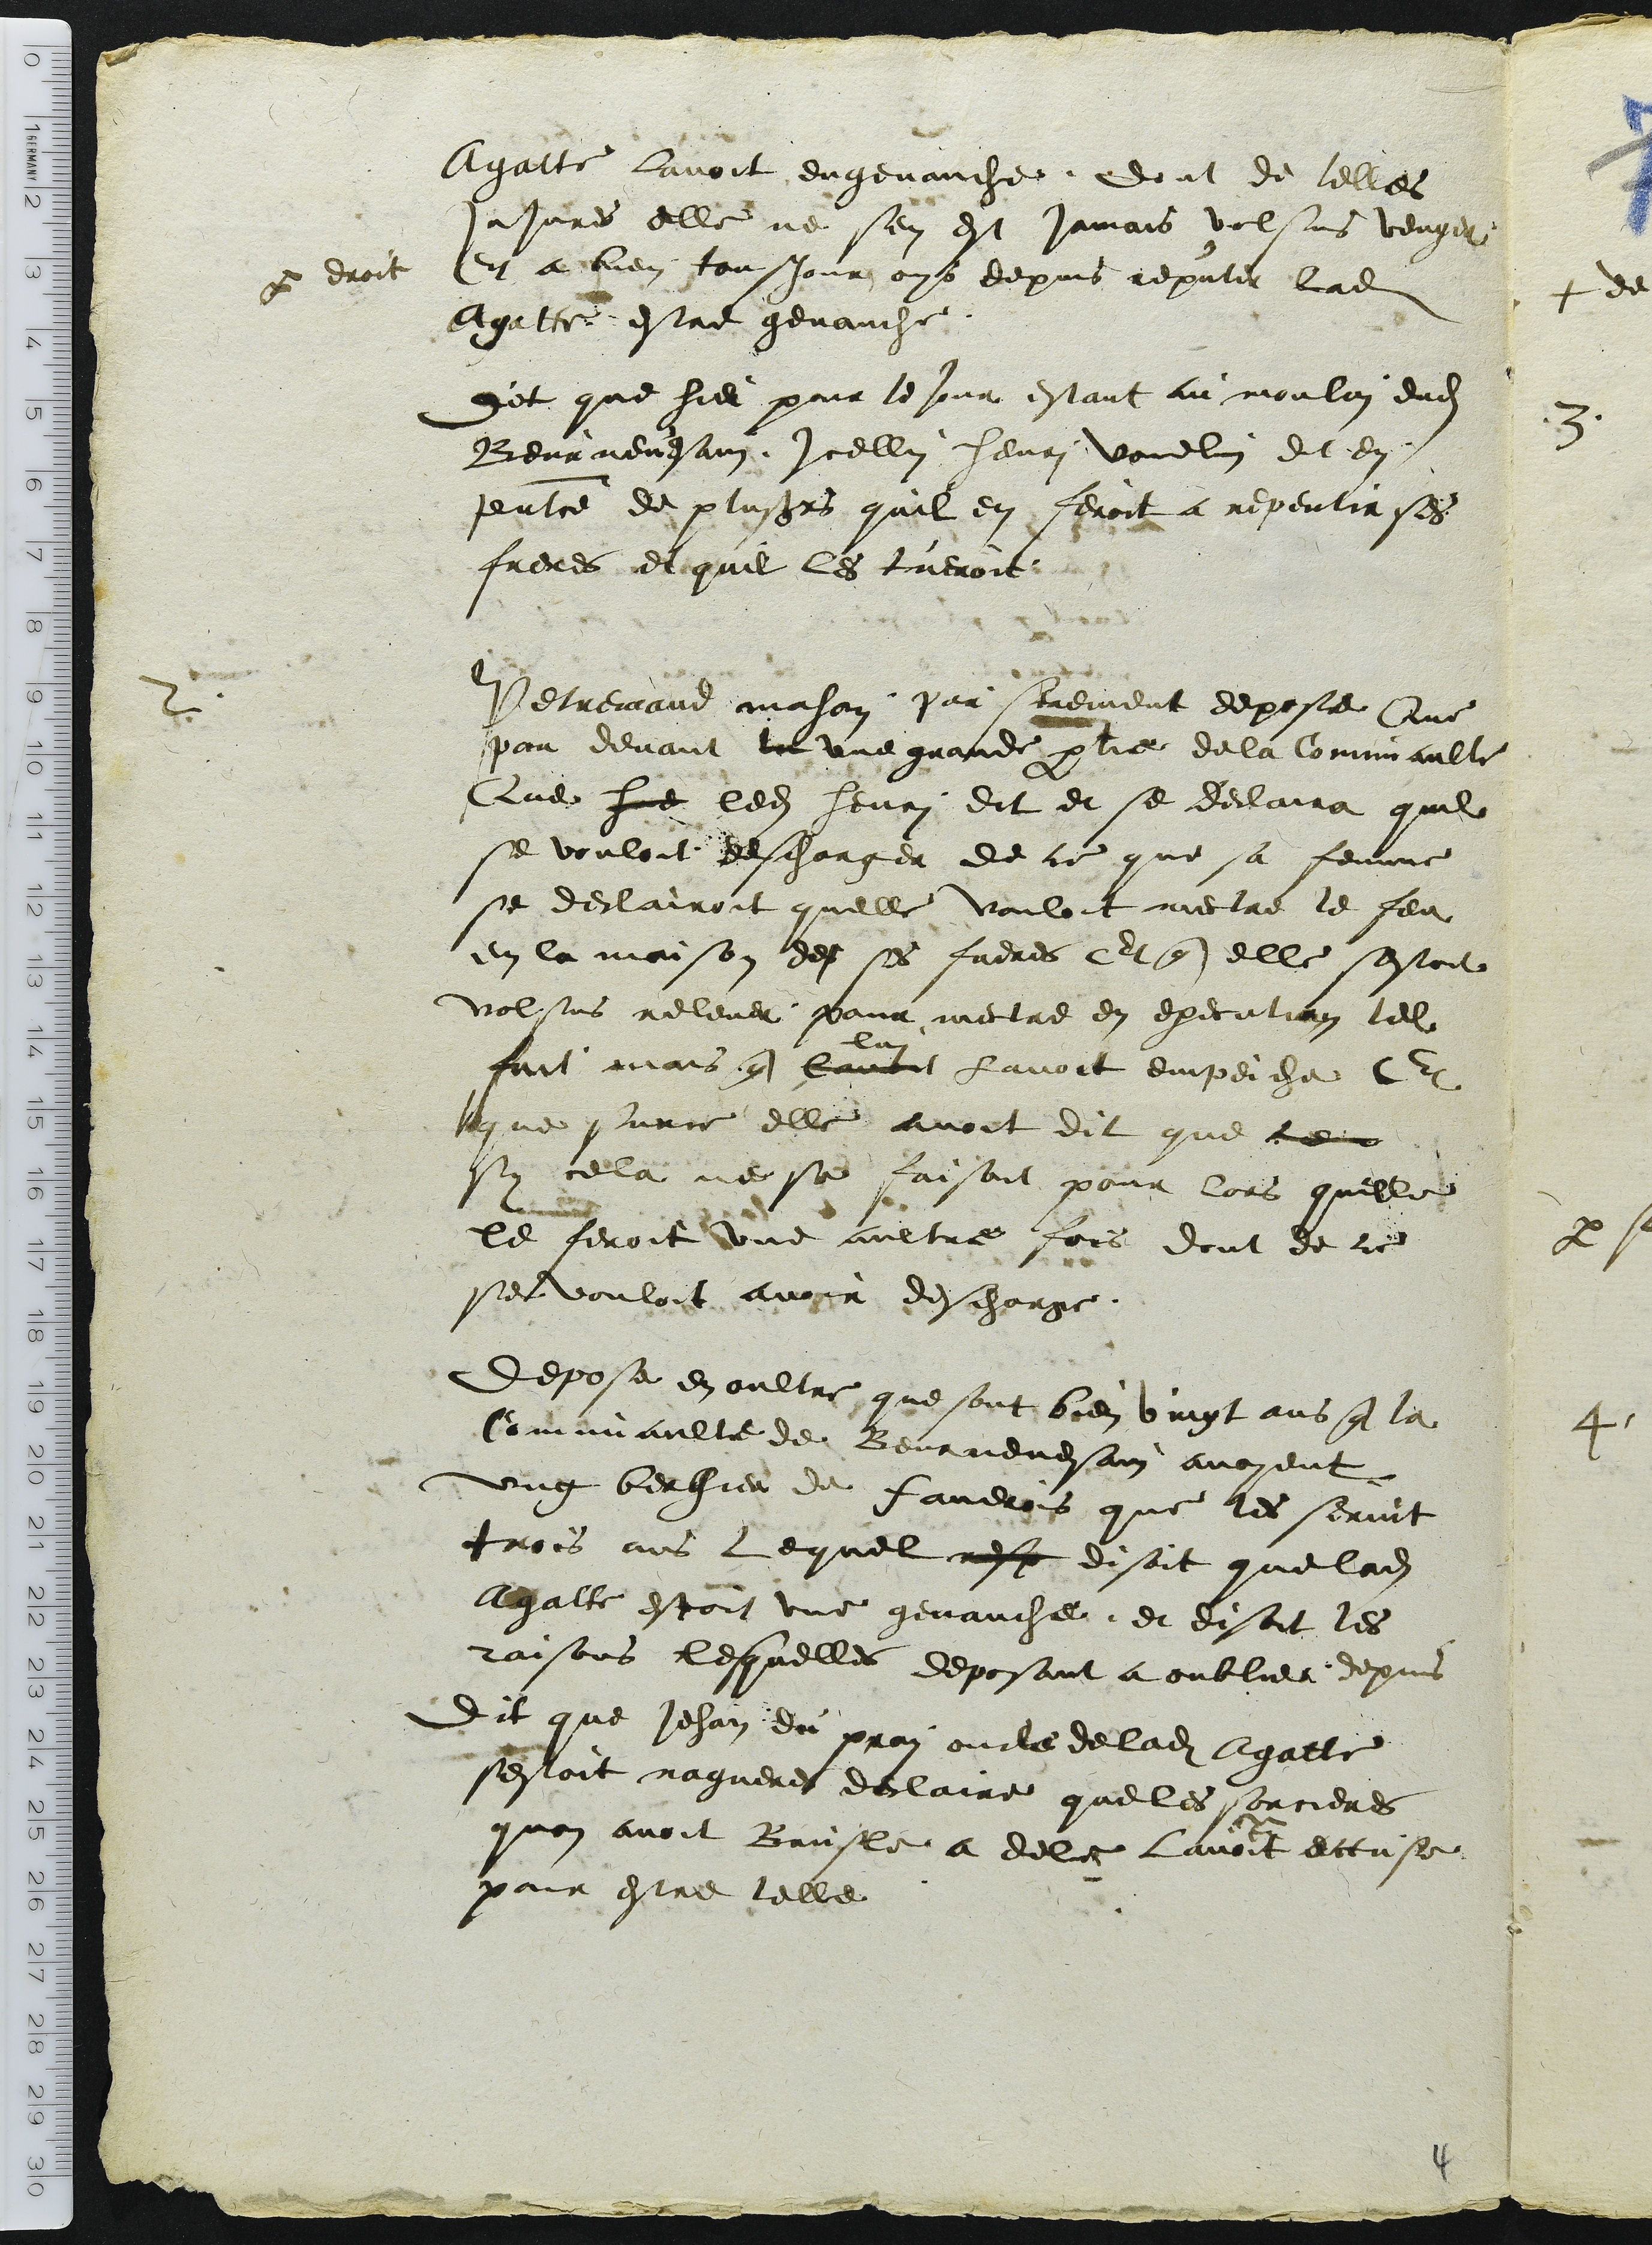
par droit

Agatte lavoit engenauche. Dont de telles
Injures elle ne sen est jamais volsus venger
Et a bien tousjour ouys depuis reputer ladite
Agatte estre genauche.
Dit que hier pour le jour estant au moulin dudit
Beurnevesain, icellui henri vouelin dit en
presentce de plusieurs quil en feroit a repentir ses
freres et quil les tueroit.
Petremand mahon par serement depose Que
par devant le une grande partie de la Comunaulte
Que hue ledit henri dit et se declaira quil
se vouloit descharger de ce que sa femme
se declairoit quelle vouloit mectre le feu
en la maison des ses freres Et que elle sestoit
volsus relever pour mectre en execution tel
luy
fait mais que lavoit lavoit empeiche Et
que surce elle avoit dit que ce
sy cela ne se faisoit pour lors quelle
le feroit une aultre fois dont de ce
se vouloit avoir descharge.
Depose en oultre que sont bien vingt ans que la
Comunaulte de Beurnevesain avoyent
ung bergier de Faverois que les servit
trois ans lequel nest disoit que ladite
Agatte estoit une genauche, et disoit les
raisons lesquelles deposant a oublier depuis
Dit que Jehan du prai oncle de ladite Agatte
sestoit nagueres declaire que les sorcieres
quon avoit Brusle a dele lavoit accuse
pour estre telle